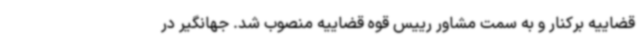
قضاییه برکنار و به سمت مشاور رییس قوه قضاییه منصوب شد. جهانگیر در